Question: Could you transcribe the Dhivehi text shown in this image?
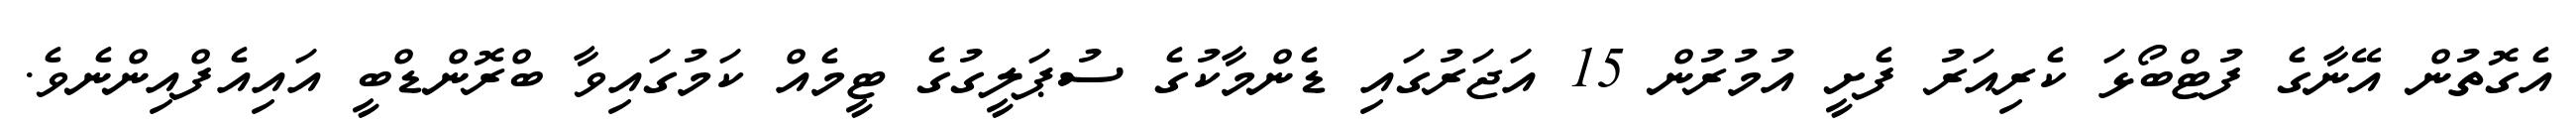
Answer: އެގޮތުން އޭނާގެ ފުޓްބޯޅަ ކެރިއަރު ފެށީ އުމުރުން 15 އަޖަރުގައި ޑެންމާކުގެ ސުޕަލީގުގެ ޓީމެއް ކަމުގައިވާ ބްރޮންޑްބީ އައިއެފްއިންނެވެ.